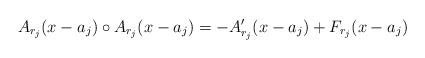
LaTeX: \begin{align*}A_{r_j}(x-a_j)\circ A_{r_j}(x-a_j)=-A_{r_j}'(x-a_j)+F_{r_j}(x-a_j)\end{align*}